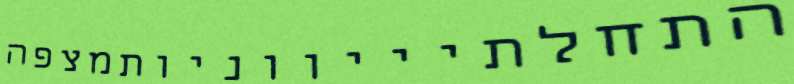
התחלתיייווניותמצפה